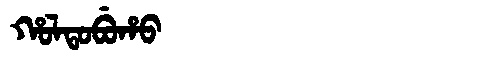
Manchu: ᡥᠣᠯᡨᠣᠪᡠᡥᠣ
Romanization: HOLTOBUHO